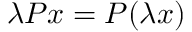
\lambda P x = P ( \lambda x )